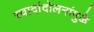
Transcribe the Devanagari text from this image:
स्वादांदोलनांमुळे